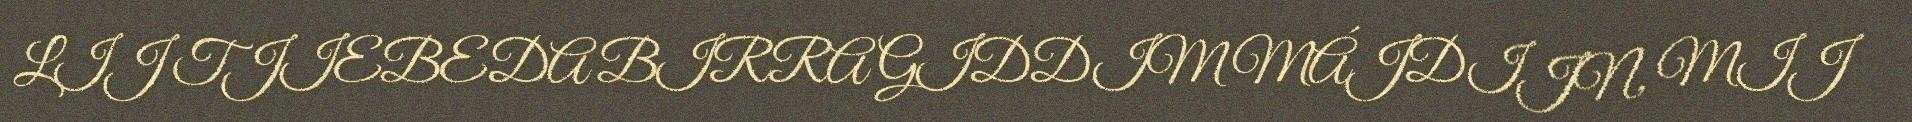
LIJ TJIEBEDA BIRRA GIDDIM MÁJDIJN, MIJ